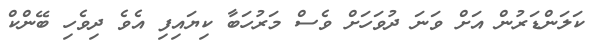
ކަލަންޑަރުން އަށް ވަނަ ދުވަހަށް ވެސް މަރުހަބާ ކިޔައިފި އެވެ ދިވެހި ބޭންކް